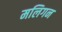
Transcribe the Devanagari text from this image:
मलिगन